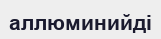
аллюминийді